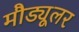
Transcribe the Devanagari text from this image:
मौड्यूलर